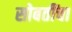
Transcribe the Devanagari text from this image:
सोबतींचा